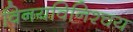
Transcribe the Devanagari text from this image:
विनयविनिश्चय